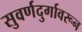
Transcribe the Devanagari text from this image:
सुवर्णदुर्गावरून